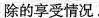
除的享受情况.